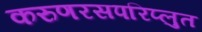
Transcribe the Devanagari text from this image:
करुणरसपरिप्लुत